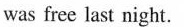
was free last night.